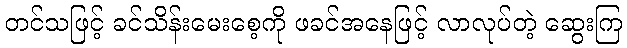
တင်သဖြင့် ခင်သိန်းမေးစေ့ကို ဖခင်အနေဖြင့် လာလုပ်တဲ့ ဆွေးကြ